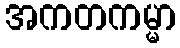
အကတကမ္မာ